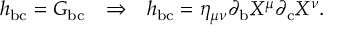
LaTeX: \begin{array} { c c c } { { h _ { \mathrm { b c } } = G _ { \mathrm { b c } } } } & { { \Rightarrow } } & { { h _ { \mathrm { b c } } = \eta _ { \mu \nu } \partial _ { \mathrm { b } } X ^ { \mu } \partial _ { \mathrm { c } } X ^ { \nu } . } } \end{array}